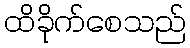
ထိခိုက်စေသည်